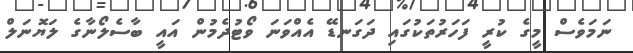
ނަމަވެސް މީގެ ކުރީ ފަހަރުތަކުގައި ދަގަނޑޭ އެއްވަނަ ވޯޓުދެމުން އައީ ބާސެލޯނާގެ ލަޔޮނަލް